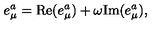
e _ { \mu } ^ { a } = \mathrm { R e } ( e _ { \mu } ^ { a } ) + \omega \mathrm { I m } ( e _ { \mu } ^ { a } ) ,